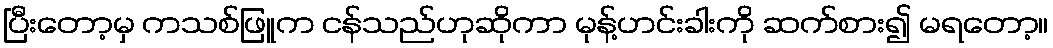
ပြီးတော့မှ ကသစ်ဖြူက ငန်သည်ဟုဆိုကာ မုန့်ဟင်းခါးကို ဆက်စား၍ မရတော့။